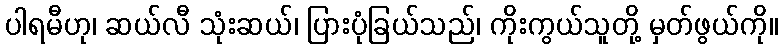
ပါရမီဟု၊ ဆယ်လီ သုံးဆယ်၊ ပြားပုံခြယ်သည်၊ ကိုးကွယ်သူတို့ မှတ်ဖွယ်ကို။